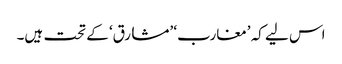
اس لیے کہ ’مغارب‘ ’مشارق‘ کے تحت ہیں۔